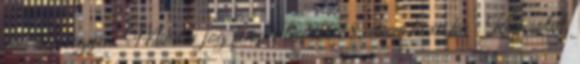
vmi baj legyen. Minden jog fenntartva 2018, www.hoxa.hu Kapcsolat,